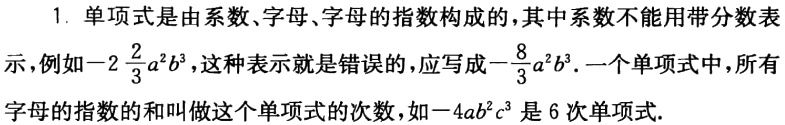
1. 单项式是由系数、字母、字母的指数构成的，其中系数不能用带分数表示，例如\(-2\frac{2}{3}a^{2}b^{3}\)，这种表示就是错误的，应写成\(-\frac{8}{3}a^{2}b^{3}\). 一个单项式中，所有字母的指数的和叫做这个单项式的次数，如\(-4ab^{2}c^{3}\)是\(6\)次单项式.